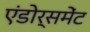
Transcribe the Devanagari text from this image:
एंडोर्समेंट